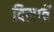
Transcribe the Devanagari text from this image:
दिसावें